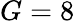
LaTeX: G=8